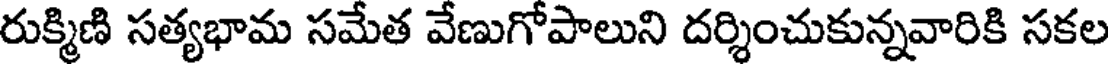
రుక్మిణి సత్యభామ సమేత వేణుగోపాలుని దర్శించుకున్నవారికి సకల